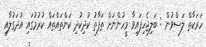
ހަރަކާތް ލަސްވުން : ބަލިޖެހިފައިވާ މީހުންނަށް ތަފާތު ކުދިކުދި ކަންތައްތައް ކުރުމުގައި އުދަގުލާއި